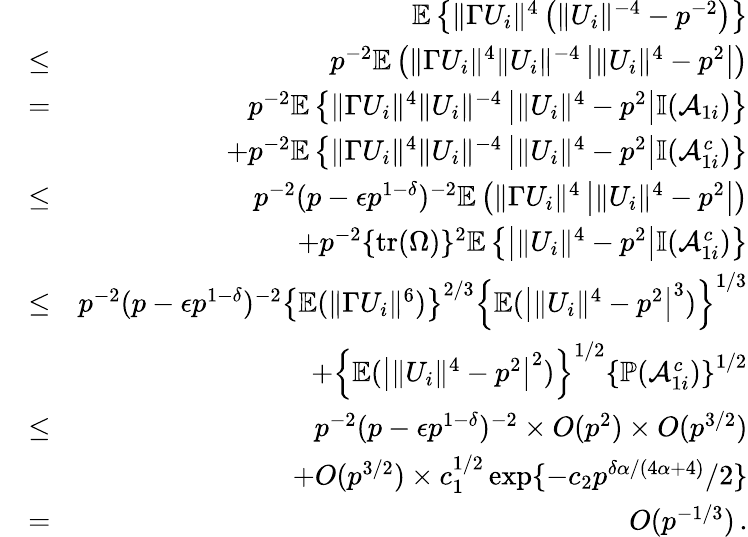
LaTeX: \begin{array}{rlr}&{}&{{\mathbb{E}}\left\{ \| \Gamma U_{i}\| ^{4}\left(\| U_{i}\| ^{-4}-p^{-2}\right)\right\} }\\ &{\leq}&{p^{-2}{\mathbb{E}}\left(\| \Gamma U_{i}\| ^{4}\| U_{i}\| ^{-4}\left|\| U_{i}\| ^{4}-p^{2}\right|\right)}\\ &{=}&{p^{-2}{\mathbb{E}}\left\{ \| \Gamma U_{i}\| ^{4}\| U_{i}\| ^{-4}\left|\| U_{i}\| ^{4}-p^{2}\right|{\mathbb{I}}(\mathcal{A}_{1i})\right\} }\\ &{}&{+p^{-2}{\mathbb{E}}\left\{ \| \Gamma U_{i}\| ^{4}\| U_{i}\| ^{-4}\left|\| U_{i}\| ^{4}-p^{2}\right|{\mathbb{I}}(\mathcal{A}_{1i}^{c})\right\} }\\ &{\leq}&{p^{-2}(p-\epsilon p^{1-\delta})^{-2}{\mathbb{E}}\left(\| \Gamma U_{i}\| ^{4}\left|\| U_{i}\| ^{4}-p^{2}\right|\right)}\\ &{}&{+p^{-2}\{ \mathrm{tr}(\Omega)\} ^{2}{\mathbb{E}}\left\{ \left|\| U_{i}\| ^{4}-p^{2}\right|{\mathbb{I}}(\mathcal{A}_{1i}^{c})\right\} }\\ &{\leq}&{p^{-2}(p-\epsilon p^{1-\delta})^{-2}\left\{ {\mathbb{E}}(\| \Gamma U_{i}\| ^{6})\right\} ^{2/3}\left\{ {\mathbb{E}}(\left|\| U_{i}\| ^{4}-p^{2}\right|^{3})\right\} ^{1/3}}\\ &{}&{+\left\{ {\mathbb{E}}(\left|\| U_{i}\| ^{4}-p^{2}\right|^{2})\right\} ^{1/2}\left\{ {\mathbb{P}}(\mathcal{A}_{1i}^{c})\right\} ^{1/2}}\\ &{\leq}&{p^{-2}(p-\epsilon p^{1-\delta})^{-2}\times O(p^{2})\times O(p^{3/2})}\\ &{}&{+O(p^{3/2})\times c_{1}^{1/2}\exp\{ -c_{2}p^{\delta\alpha/(4\alpha+4)}/2\} }\\ &{=}&{O(p^{-1/3})\, .}\end{array}